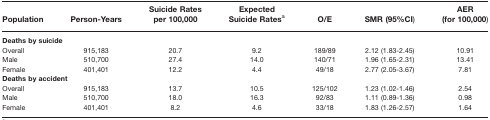
<table><thead><tr><td><b>Population</b></td><td><b>Person-Years</b></td><td><b>Suicide Rates per 100,000</b></td><td><b>Expected Suicide Ratesa</b></td><td><b>O/E</b></td><td><b>SMR (95%CI)</b></td><td><b>AER (for 100,000)</b></td></tr></thead><tbody><tr><td colspan="7"><b>Deaths by suicide</b></td></tr><tr><td>Overall</td><td>915,183</td><td>20.7</td><td>9.2</td><td>189/89</td><td>2.12 (1.83-2.45)</td><td>10.91</td></tr><tr><td>Male</td><td>510,700</td><td>27.4</td><td>14.0</td><td>140/71</td><td>1.96 (1.65-2.31)</td><td>13.41</td></tr><tr><td>Female</td><td>401,401</td><td>12.2</td><td>4.4</td><td>49/18</td><td>2.77 (2.05-3.67)</td><td>7.81</td></tr><tr><td colspan="7"><b>Deaths by accident</b></td></tr><tr><td>Overall</td><td>915,183</td><td>13.7</td><td>10.5</td><td>125/102</td><td>1.23 (1.02-1.46)</td><td>2.54</td></tr><tr><td>Male</td><td>510,700</td><td>18.0</td><td>16.3</td><td>92/83</td><td>1.11 (0.89-1.36)</td><td>0.98</td></tr><tr><td>Female</td><td>401,401</td><td>8.2</td><td>4.6</td><td>33/18</td><td>1.83 (1.26-2.57)</td><td>1.64</td></tr></tbody></table>